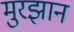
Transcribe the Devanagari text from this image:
मुरझान